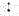
: